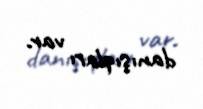
danışıqları var.